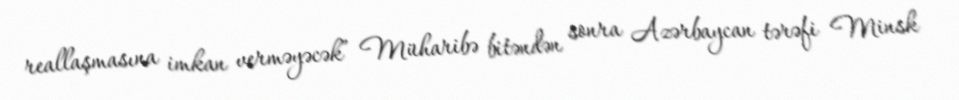
reallaşmasına imkan verməyəcək” Müharibə bitəndən sonra Azərbaycan tərəfi Minsk